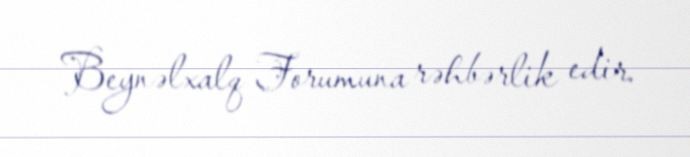
Beynəlxalq Forumuna rəhbərlik edir.